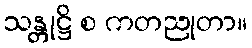
သန္တုဋ္ဌိ စ ကတညုတာ။